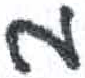
אות: מ